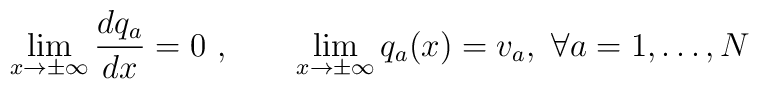
\lim_{x\to \pm \infty}\frac{dq_a}{dx}=0\  ,\qquad \lim_{x\to \pm\infty}q_a(x)=v_a,\  \forall a=1,\dots,N